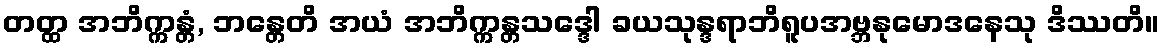
တတ္ထ အဘိက္ကန္တံ, ဘန္တေတိ အယံ အဘိက္ကန္တသဒ္ဒေါ ခယသုန္ဒရာဘိရူပအဗ္ဘနုမောဒနေသု ဒိဿတိ။